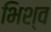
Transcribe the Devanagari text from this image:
भिश्व